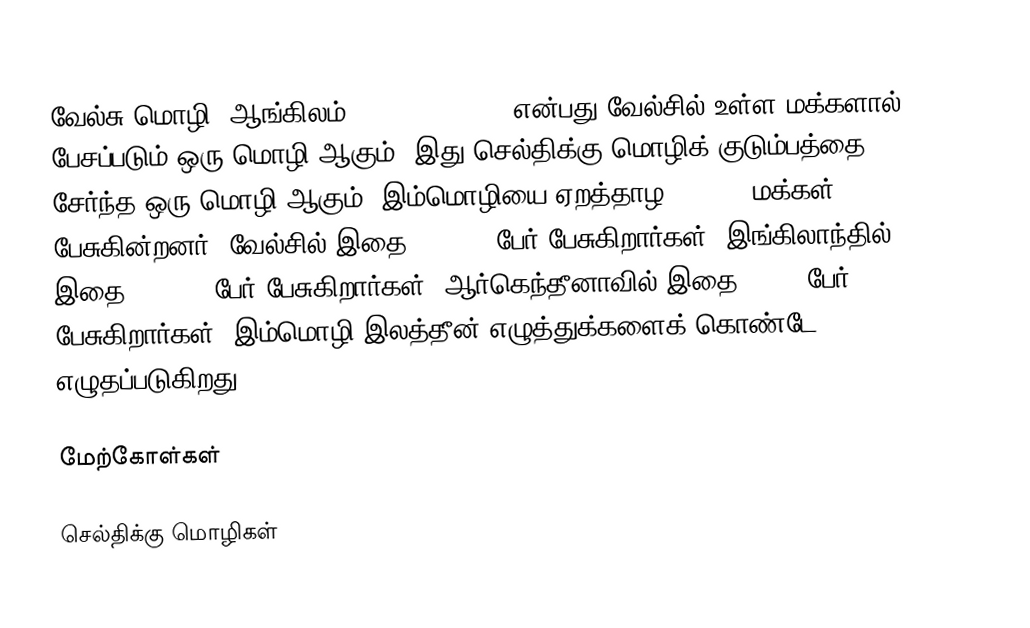
வேல்சு மொழி (ஆங்கிலம்:Welsh language) என்பது வேல்சில் உள்ள மக்களால் பேசப்படும் ஒரு மொழி ஆகும். இது செல்திக்கு மொழிக் குடும்பத்தை சேர்ந்த ஒரு மொழி ஆகும். இம்மொழியை ஏறத்தாழ 750,000 மக்கள் பேசுகின்றனர். வேல்சில் இதை 611,000 பேர் பேசுகிறார்கள்; இங்கிலாந்தில் இதை 150,000 பேர் பேசுகிறார்கள்; ஆர்கெந்தீனாவில் இதை 5,000 பேர் பேசுகிறார்கள். இம்மொழி இலத்தீன் எழுத்துக்களைக் கொண்டே எழுதப்படுகிறது.

மேற்கோள்கள்

செல்திக்கு மொழிகள்